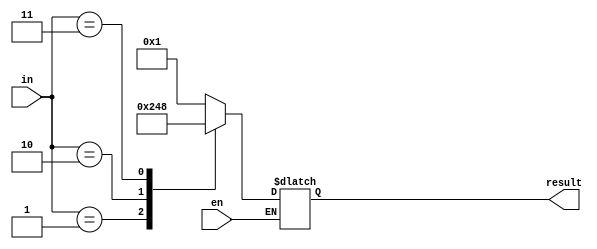
module decoder2x4_switch(input [1:0]in, input en, output reg[3:0] result);

always @ *
	begin
		if(en) begin
			case(in)
				2'b00: result <= 4'h1;
				2'b01: result <= 4'h2;
				2'b10: result <= 4'h4;
				2'b11: result <= 4'h8;
				default: $display("Error");
			endcase
		end
	end

endmodule